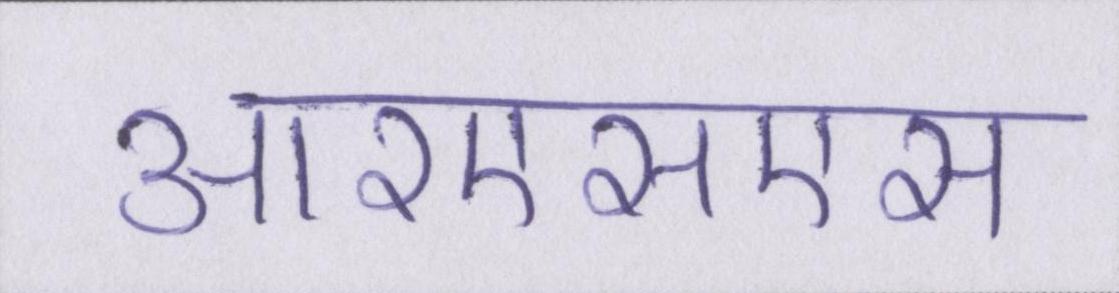
आरएसएस